Scottish Leaving Certificate Examination, 1961
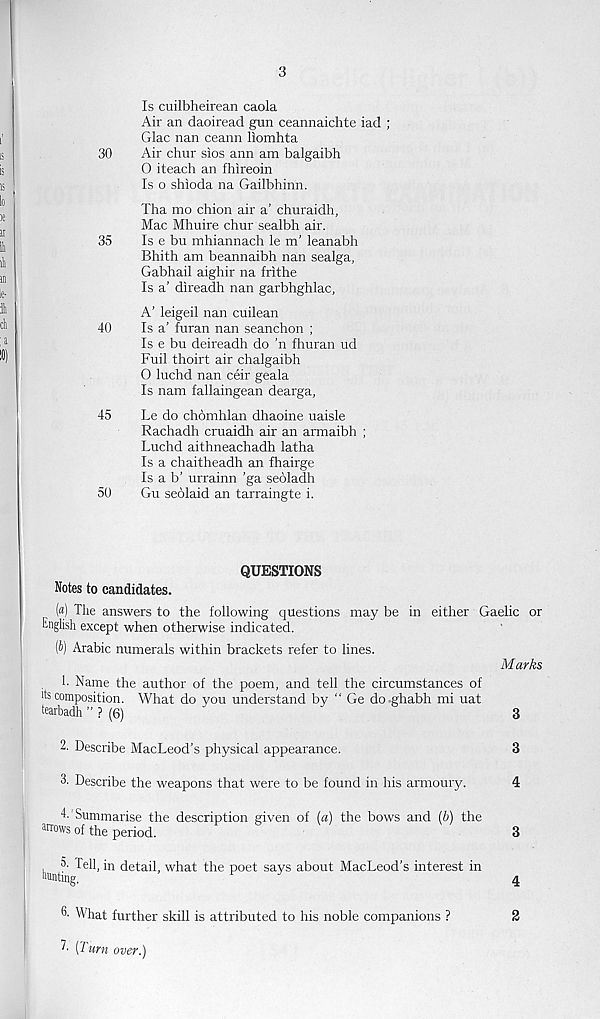
3
Is cuilbheirean caola
Air an daoiread gun ceannaichte iad ;
Glac nan ceann liomhta
30
Air chur sios ann am balgaibh
0 iteach an fhireoin
Is o shioda na Gailbhinn.
Tha mo chion air a’ churaidh,
Mac Mhuire chur sealbh air.
35
Is e bu mhiannach le m’ leanabh
Bhith am beannaibh nan sealga,
Gabhail aighir na frithe
Is a’ direadh nan garbhghlac,
A’ leigeil nan cuilean
40
Is a' furan nan seanchon ;
Is e bu deireadh do ’n fhuran ud
Fuil thoirt air chalgaibh
0 luchd nan ceir geala
Is nam fallaingean dearga,
45
Le do chomhlan dhaoine uaisle
Rachadh cruaidh air an armaibh ;
Luchd aithneachadh latha
Is a chaitheadh an fhairge
Is a b’ urrainn ’ga seoladh
50
Gu seolaid an tarraingte i.
QUESTIONS
Notes to candidates.
(a) The answers to the following questions may be in either Gaelic or
English except when otherwise indicated.
{b) Arabic numerals within brackets refer to lines.
Marks
1- Name the author of the poem, and tell the circumstances of
rts composition. What do you understand by “ Ge do.ghabh mi uat
tearbadh ” ? (6)
3
2. Describe MacLeod’s physical appearance.
3
3. Describe the weapons that were to be found in his armoury.
4
Summarise the description given of (a) the bows and (b) the
Wows of the period.
3
,
Tell, in detail, what the poet says about MacLeod’s interest in
Minting.
4
6- What further skill is attributed to his noble companions ?
2
'• (Turn over.)